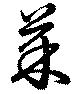
茶